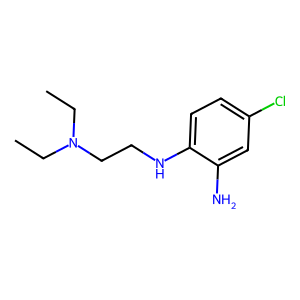
SMILES: CCN(CC)CCNc1ccc(Cl)cc1N
Inhibits HIV replication: No